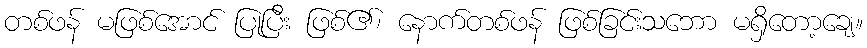
တစ်ဖန် မဖြစ်အောင် ပြုပြီး ဖြစ်၏၊ နောက်တစ်ဖန် ဖြစ်ခြင်းသဘော မရှိတော့ချေ။